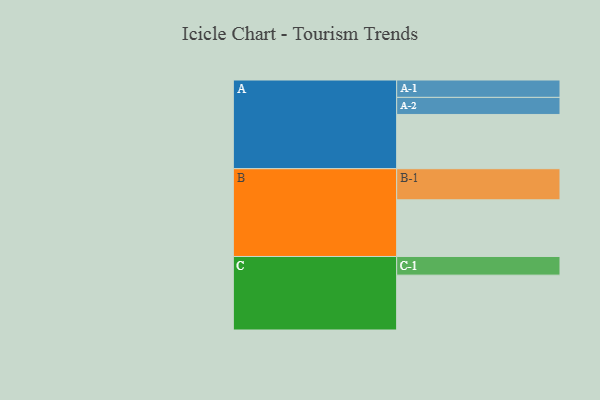
{"axis": {"x": "Segment", "y": "Value"}, "legend": ["", "A", "B", "C"], "data": [{"x": "A", "y": 521, "type": ""}, {"x": "B", "y": 544, "type": ""}, {"x": "C", "y": 527, "type": ""}, {"x": "A-1", "y": 167, "type": "A"}, {"x": "A-2", "y": 164, "type": "A"}, {"x": "B-1", "y": 299, "type": "B"}, {"x": "C-1", "y": 179, "type": "C"}]}